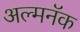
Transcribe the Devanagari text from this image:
अल्मनॅक